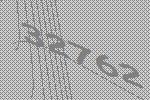
32762